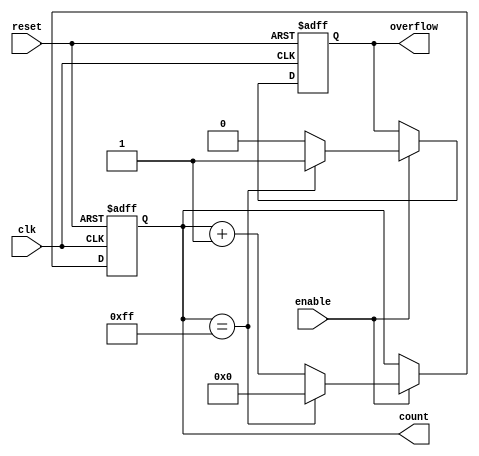
module pulse_counter #(
    parameter WIDTH = 8  // Configurable width of the counter (e.g., 8, 16, 32)
) (
    input wire clk,         // Clock signal
    input wire enable,      // Count enable signal
    input wire reset,       // Asynchronous reset signal
    output reg [WIDTH-1:0] count, // Current count value
    output reg overflow      // Overflow flag
);

    // Initial block to set the initial state of the counter and overflow flag
    initial begin
        count = 0;
        overflow = 0;
    end

    // Synchronous process for counting
    always @(posedge clk or posedge reset) begin
        if (reset) begin
            count <= 0;       // Reset the counter to zero
            overflow <= 0;    // Clear overflow flag
        end else if (enable) begin
            if (count == {WIDTH{1'b1}}) begin
                count <= 0;   // Wrap around to zero on overflow
                overflow <= 1; // Set overflow flag
            end else begin
                count <= count + 1; // Increment the counter
                overflow <= 0; // Clear overflow flag
            end
        end
    end

endmodule